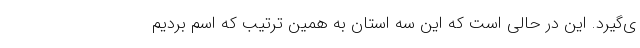
ی‌گیرد. این در حالی است که این سه استان به همین ترتیب که اسم بردیم